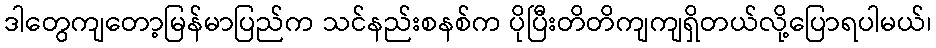
ဒါတွေကျတော့မြန်မာပြည်က သင်နည်းစနစ်က ပိုပြီးတိတိကျကျရှိတယ်လို့ပြောရပါမယ်၊